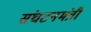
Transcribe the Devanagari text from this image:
संघटनमंत्री